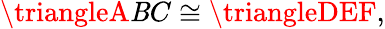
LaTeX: \triangleA\mathit{B}C\cong\triangleDEF,